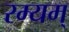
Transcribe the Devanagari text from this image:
रम्यम्